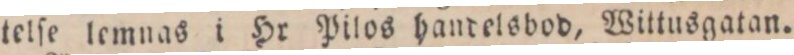
telſe lemnas i Hr Pilos handelsbod, Wittusgatan.